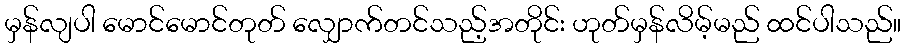
မှန်လျပါ မောင်မောင်တုတ် လျှောက်တင်သည့်အတိုင်း ဟုတ်မှန်လိမ့်မည် ထင်ပါသည်။